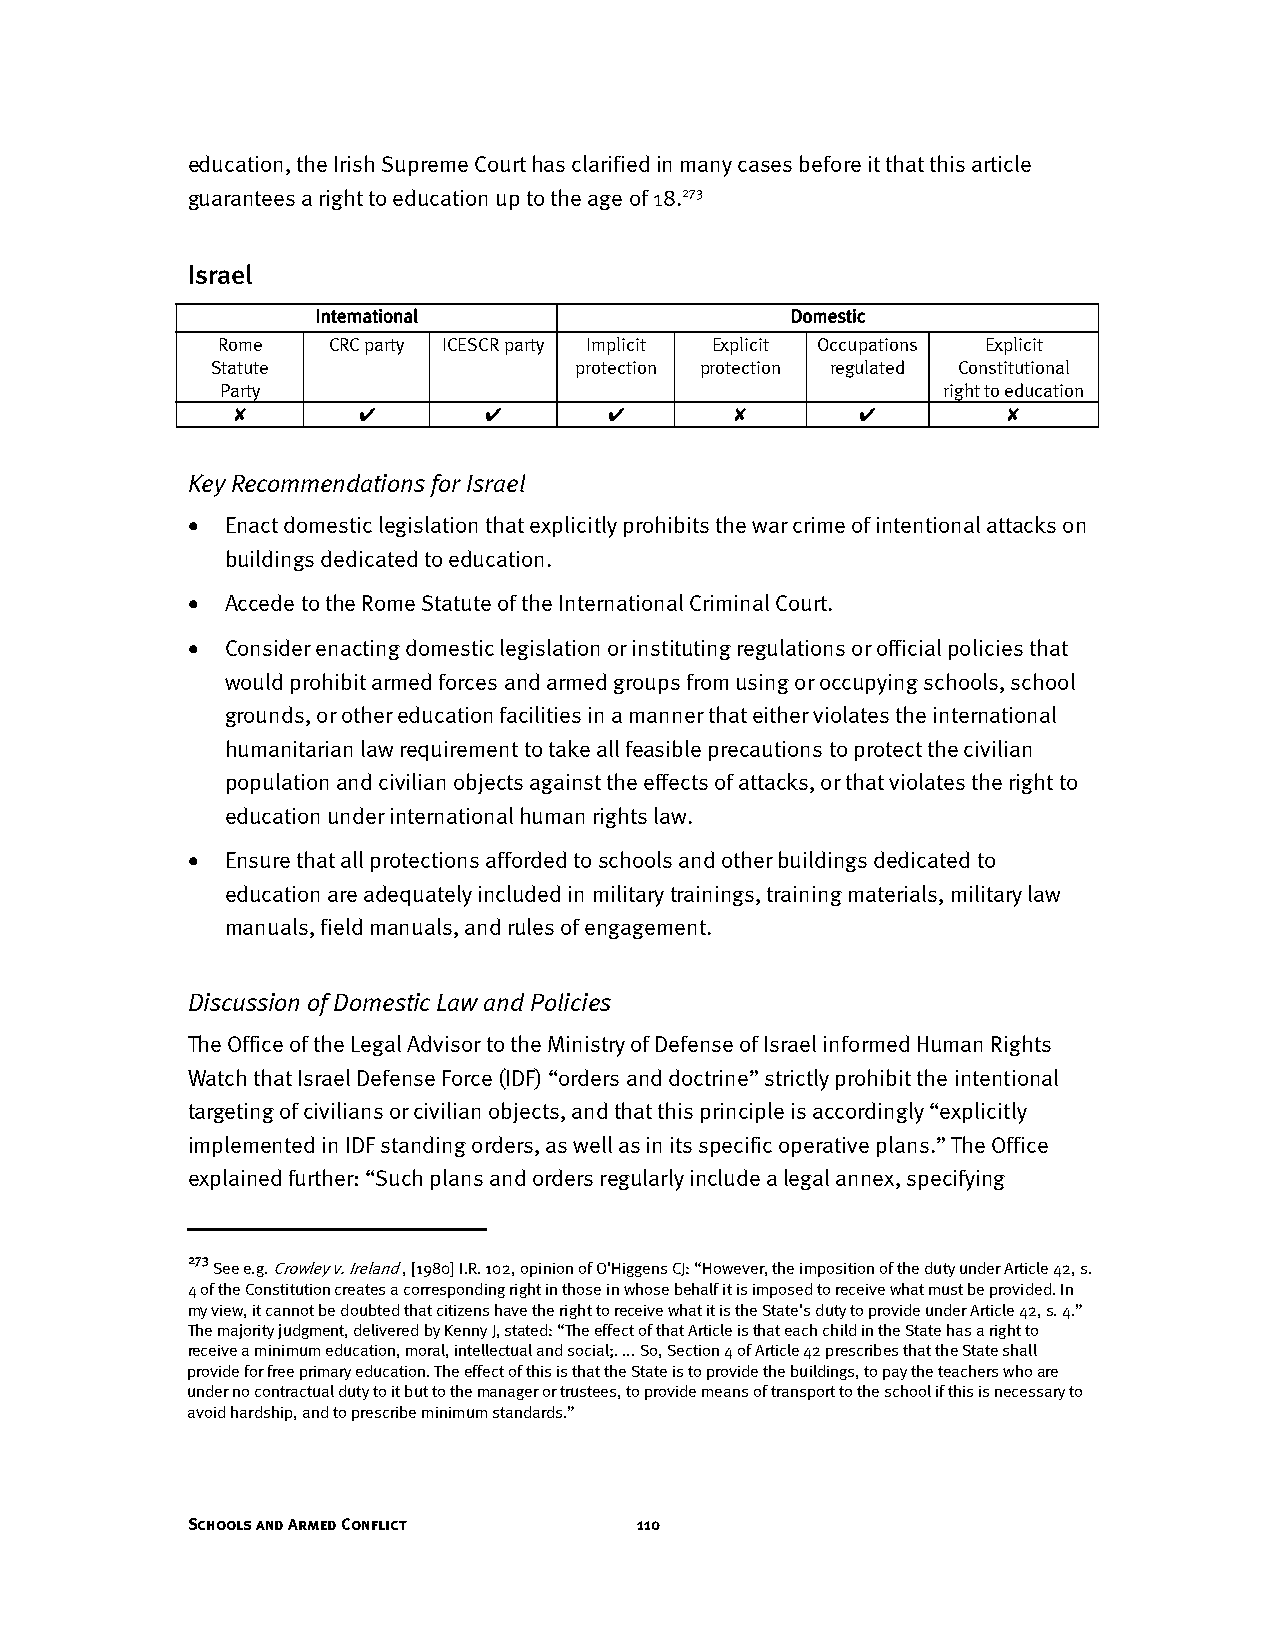
education, the Irish Supreme Court has clarified in many cases before it that this article
 guarantees a right to education up to the age of 18.273
 Israel
 International                  Domestic
 Rome    CRC party ICESCR party Implicit Explicit Occupations Explicit
 Statute                 protection protection regulated Constitutional
 Party                                          right to education
 ✘        ✔       ✔       ✔       ✘        ✔         ✘
 Key Recommendations for Israel
 •  Enact domestic legislation that explicitly prohibits the war crime of intentional attacks on
 buildings dedicated to education.
 •  Accede to the Rome Statute of the International Criminal Court.
 •  Consider enacting domestic legislation or instituting regulations or official policies that
 would prohibit armed forces and armed groups from using or occupying schools, school
 grounds, or other education facilities in a manner that either violates the international
 humanitarian law requirement to take all feasible precautions to protect the civilian
 population and civilian objects against the effects of attacks, or that violates the right to
 education under international human rights law.
 •  Ensure that all protections afforded to schools and other buildings dedicated to
 education are adequately included in military trainings, training materials, military law
 manuals, field manuals, and rules of engagement.
 Discussion of Domestic Law and Policies
 The Office of the Legal Advisor to the Ministry of Defense of Israel informed Human Rights
 Watch that Israel Defense Force (IDF) “orders and doctrine” strictly prohibit the intentional
 targeting of civilians or civilian objects, and that this principle is accordingly “explicitly
 implemented in IDF standing orders, as well as in its specific operative plans.” The Office
 explained further: “Such plans and orders regularly include a legal annex, specifying
 273
 See e.g. Crowley v. Ireland , [1980] I.R. 102, opinion of O'Higgens CJ: “However, the imposition of the duty under Article 42, s.
 4 of the Constitution creates a corresponding right in those in whose behalf it is imposed to receive what must be provided. In
 my view, it cannot be doubted that citizens have the right to receive what it is the State's duty to provide under Article 42, s. 4.”
 The majority judgment, delivered by Kenny J, stated: “The effect of that Article is that each child in the State has a right to
 receive a minimum education, moral, intellectual and social;. ... So, Section 4 of Article 42 prescribes that the State shall
 provide for free primary education. The effect of this is that the State is to provide the buildings, to pay the teachers who are
 under no contractual duty to it but to the manager or trustees, to provide means of transport to the school if this is necessary to
 avoid hardship, and to prescribe minimum standards.”
 Schools and Armed Conflict    110